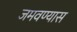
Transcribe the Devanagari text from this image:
जमवण्यास